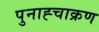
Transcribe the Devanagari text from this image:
पुनाह्चाक्रण